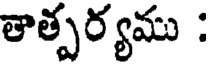
తాత్పర్యము :